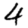
Digit: 4